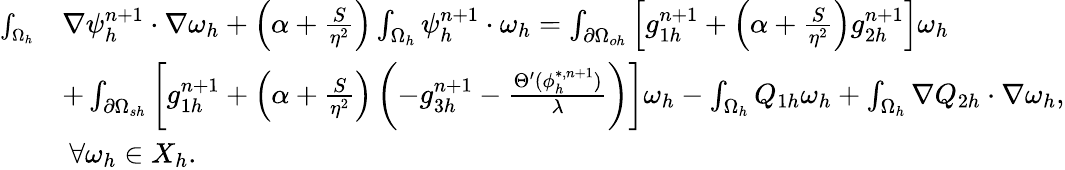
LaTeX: \begin{array}{rl}{\small\int_{\Omega_{h}}}&{\nabla\psi_{h}^{n+1}\cdot\nabla\omega_{h}+\left(\alpha+\frac{S}{\eta^{2}}\right)\int_{\Omega_{h}}\psi_{h}^{n+1}\cdot\omega_{h}=\int_{\partial\Omega_{oh}}\left[g_{1h}^{n+1}+\left(\alpha+\frac{S}{\eta^{2}}\right)g_{2h}^{n+1}\right]\omega_{h}}\\ &{+\int_{\partial\Omega_{sh}}\left[g_{1h}^{n+1}+\left(\alpha+\frac{S}{\eta^{2}}\right)\left(-g_{3h}^{n+1}-\frac{\Theta^{\prime}(\phi_{h}^{*,n+1})}{\lambda}\right)\right]\omega_{h}-\int_{\Omega_{h}}Q_{1h}\omega_{h}+\int_{\Omega_{h}}\nabla Q_{2h}\cdot\nabla\omega_{h},}\\ &{\ \forall\omega_{h}\in X_{h}.}\end{array}